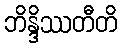
ဘိန္ဒိဿတီတိ